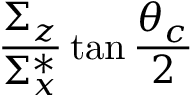
\frac { \Sigma _ { z } } { \Sigma _ { x } ^ { * } } \tan \frac { \theta _ { c } } { 2 }